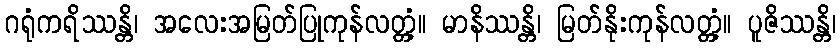
ဂရုံကရိဿန္တိ၊ အလေးအမြတ်ပြုကုန်လတ္တံ့။ မာနိဿန္တိ၊ မြတ်နိုးကုန်လတ္တံ့။ ပူဇိဿန္တိ၊